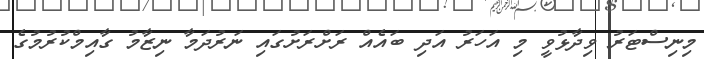
މިނިސްޓަރު ވިދާޅުވީ މި އަހަރު އަދި ބައެއް ރަށްރަށުގައި ނަރުދަމާ ނިޒާމު ގާއިމްކުރުމުގެ